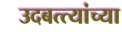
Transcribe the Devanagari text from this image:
उदबत्त्यांच्या